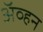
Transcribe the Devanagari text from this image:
अॅव्हन